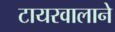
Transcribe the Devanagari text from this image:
टायरवालाने